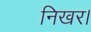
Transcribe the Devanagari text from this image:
निखर।